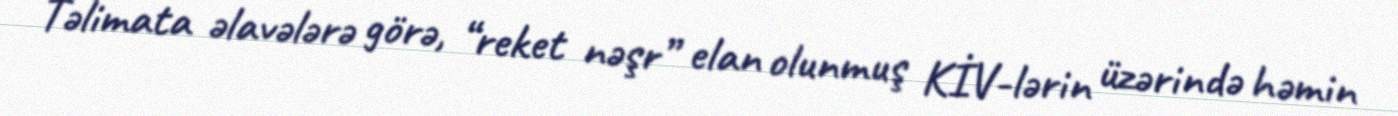
Təlimata əlavələrə görə, “reket nəşr” elan olunmuş KİV-lərin üzərində həmin